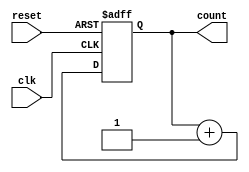
module synchronous_counter (
    input wire clk, // Clock signal
    input wire reset, // Reset signal
    output reg [3:0] count // 4-bit count output
);

// Internal register to store the current count value
reg [3:0] current_count;

// Synchronous counter logic
always @(posedge clk or posedge reset)
begin
    if (reset)
        current_count <= 4'b0000; // Reset count to 0
    else
        current_count <= current_count + 1; // Increment count on every clock cycle
end

// Output the current count value
assign count = current_count;

endmodule